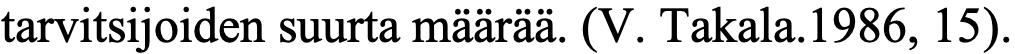
tarvitsijoiden suurta määrää. (V. Takala.1986, 15).